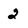
Character: 2